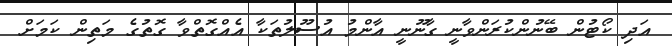
އަދި ކޯޓުން ބޭނުންކުރަންވާނީ ގާނޫނީ އާންމު އުސޫލުތަކާ އެއްގޮތްވާ ގޮތުގެ މަތިން ކަމަށް